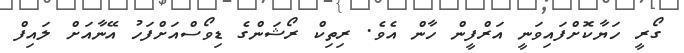
ގޯރީ ހަޔާކޮށްފައިވަނީ އަރްފީން ހާން އެވެ. ރިތިކް ރޯޝަންގެ ޑިވޯސްއަށްފަހު އޭނާއަށް ލައިފް